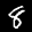
Label: 8